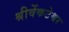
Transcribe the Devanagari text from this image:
श्रीवेंकटेश्वर